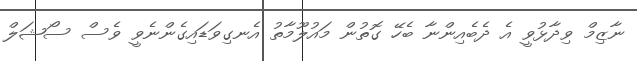
ނާޒިމް ވިދާޅުވީ އެ ދެބެއިންނާ ބެހޭ ގޮތުން މައުލޫމާތު އެނގިވަޑައިގެންނެވީ ވެސް ސޯޝަލް